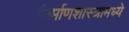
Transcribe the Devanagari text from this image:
निर्माणशास्त्रामध्ये